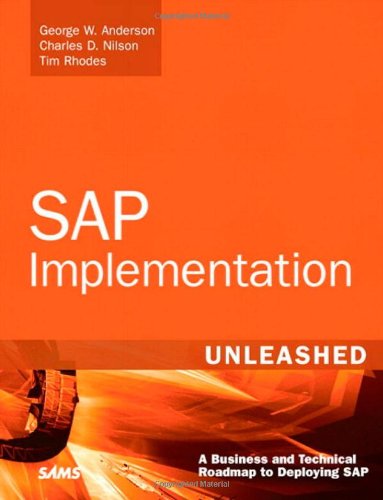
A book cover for SAP Implementation Unleashed: A Business and Technical Roadmap to Deploying SAP; George Anderson; Computers & Technology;